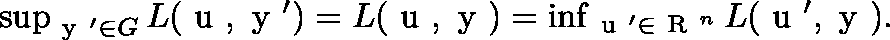
\begin{array} { r } { \operatorname* { s u p } _ { \mathrm { \boldmath ~ y ~ } ^ { \prime } \in G } L ( \mathrm { \boldmath ~ u ~ } , \mathrm { \boldmath ~ y ~ } ^ { \prime } ) = L ( \mathrm { \boldmath ~ u ~ } , \mathrm { \boldmath ~ y ~ } ) = \operatorname* { i n f } _ { \mathrm { \boldmath ~ u ~ } ^ { \prime } \in \mathrm { ~ \mathbb { R } ~ } ^ { n } } L ( \mathrm { \boldmath ~ u ~ } ^ { \prime } , \mathrm { \boldmath ~ y ~ } ) . } \end{array}